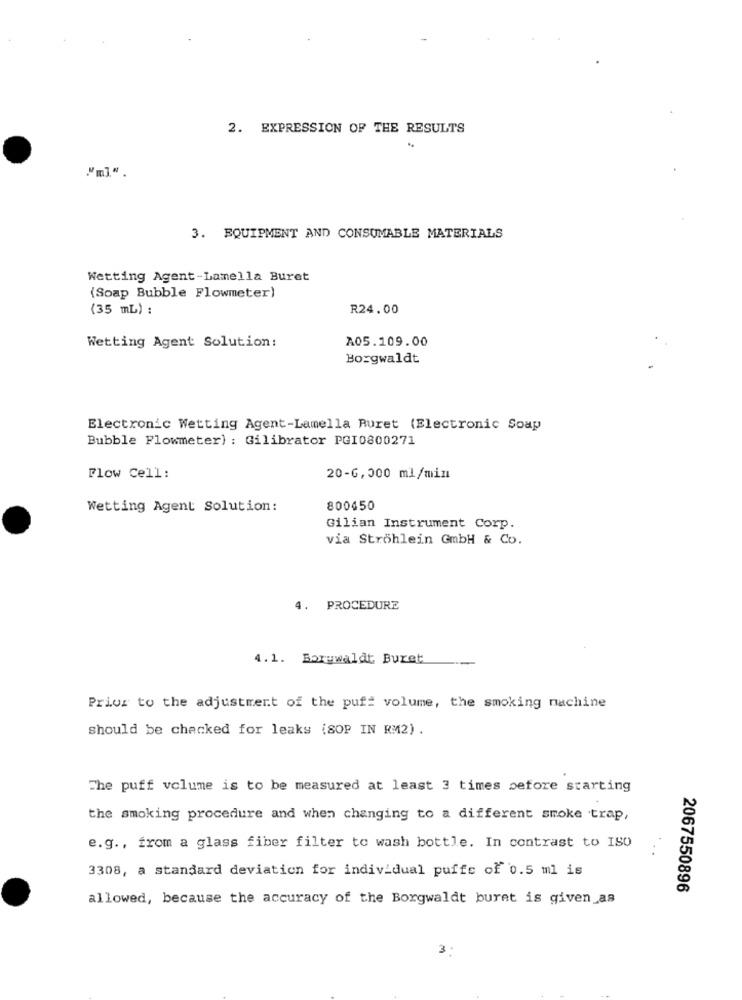
2. EXPRESSION OF THE RESULTS
..
3. EQUIPMENT AND CONSUMABLE MATERIALS
Wetting Agent-Lamella Buret
(Soap Bubble Flowmeter)
(35 mL) :
R24.00
A05.109.00
Wetting Agent Solution:
Borgwaldt
Electronic Wetting Agent-Lamella Ruret (Electronic Soap
Bubble Flowmeter) : Gilibrator PGI0800271
Flow Cell:
20-6,300 ml/min
Wetting Agent Solution:
800450
Gilian Instrument Corp.
via Ströhlein GmbH & Co.
4.
PROCEDURE
4.1. Boruwaldt Buret
Prior to the adjustment of the puff volume, the smoking nachine
should be checked for leaks (8OP IN RM2) .
The puff volume is to be measured at least 3 times before starting
the smoking procedure and when changing to a different smoke trap,
e.g ., from a glass fiber filter to wash bottle. In contrast to ISO
. .
3308, a standard deviation for individual puffe of 0.5 ml is
2067550896
allowed, because the accuracy of the Borgwaldt buret is given_as